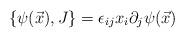
LaTeX: \begin{align*}\{\psi(\vec{x}), J\} =\epsilon_{ij}x_{i}\partial_{j}\psi(\vec{x})\end{align*}